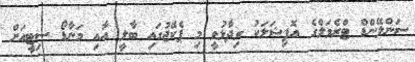
ސަންލޭންޑް ޓްރެވަލްގެ އޮފިޝަލަކު ވިދާޅުވީ މި ޕެކޭޖުގައި ބާލީ އާއި މަނާޑޯ ސިޓީއަށް